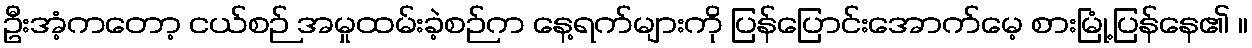
ဦးအံ့ကတော့ ငယ်စဉ် အမှုထမ်းခဲ့စဉ်က နေ့ရက်များကို ပြန်ပြောင်းအောက်မေ့ စားမြုံ့ပြန်နေ၏ ။